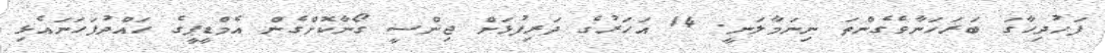
ފަހުދިހާގަ ބަރަހަނާވެގެންތަ ނިނަމާލަނީ. 14 އަހަރުގެ ދަރިފުޅަށް ޖިންސީ ގޯނާކޮށްގެން އެމްޑީޕީގެ ހައްދުފަހަނައެޅި